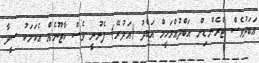
އަބަދުވެސް ޓްރެންޑިން އަބްދުއްރަހީމް އަބްދު (އަދުރޭ) ފެނުނީ ވެސް ކާޓޫނެއް އެކަމަކު ސީދާ